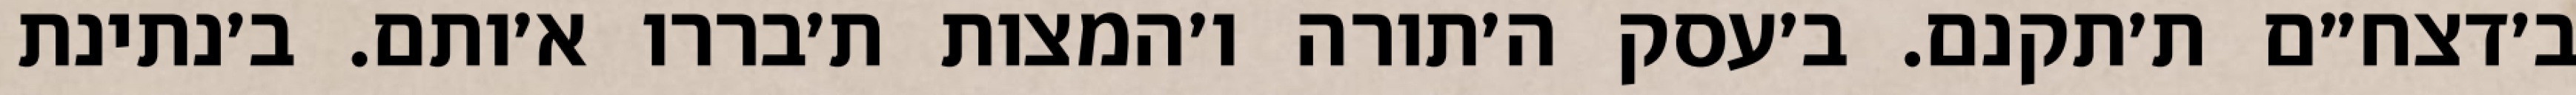
ב׳דצח״ם ת׳תקנם. ב׳עסק ה׳תורה ו׳המצות ת׳בררו א׳ותם. ב׳נתינת